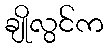
ချိုလွင်က